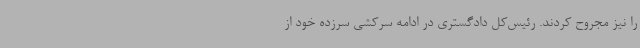
را نیز مجروح کردند. رئیس‌کل دادگستری در ادامه سرکشی سرزده خود از